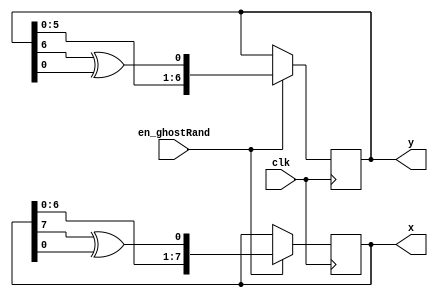
module ghostRand(
	input clk, 
	input en_ghostRand,
	output reg [7:0] x,
	output reg [6:0] y
);


initial x = 8'd40;
initial y = 8'd40;

always @(posedge clk)
begin
	
		if (en_ghostRand) begin
			x <= {x[6:0], x[7]^x[0]};
			y <= {y[5:0], y[6]^y[0]};
		end
end



endmodule